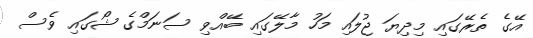
އޭގެ ތެރޭގައި މިދިޔަ ޖުލައި މަހު މާލޭގައި ބޭއްވި ސަނަމްގެ ޝޯގައި ވެސް